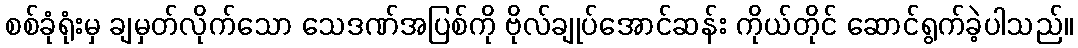
စစ်ခုံရုံးမှ ချမှတ်လိုက်သော သေဒဏ်အပြစ်ကို ဗိုလ်ချုပ်အောင်ဆန်း ကိုယ်တိုင် ဆောင်ရွက်ခဲ့ပါသည်။